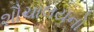
શૌચાલયનો